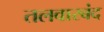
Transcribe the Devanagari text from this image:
तलवारबंद